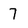
Character: 7